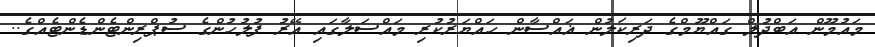
މައުމޫން އަބްދުލް ގައްޔޫމްގެ ދަރިކަލުން ޣައްސާން ހައްޔަރުކުރި މައްސަލާގައި އޭރު ފުލުހުންގެ ސުޕްރިންޓެންޑެންޓެއްގެ..